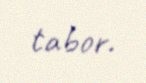
tabor.